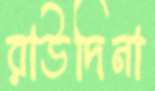
রাউদিনা